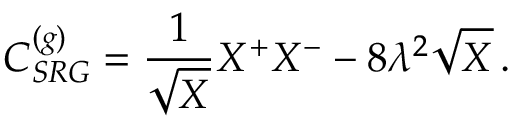
C _ { S R G } ^ { ( g ) } = \frac { 1 } { \sqrt { X } } X ^ { + } X ^ { - } - 8 \lambda ^ { 2 } \sqrt { X } \, .